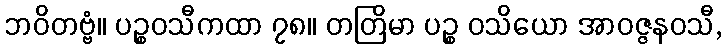
ဘဝိတဗ္ဗံ။ ပဉ္စဝသီကထာ ၇၈။ တတြိမာ ပဉ္စ ဝသိယော အာဝဇ္ဇနဝသီ,